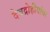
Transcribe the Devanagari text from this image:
देवद्रोहीयांचा